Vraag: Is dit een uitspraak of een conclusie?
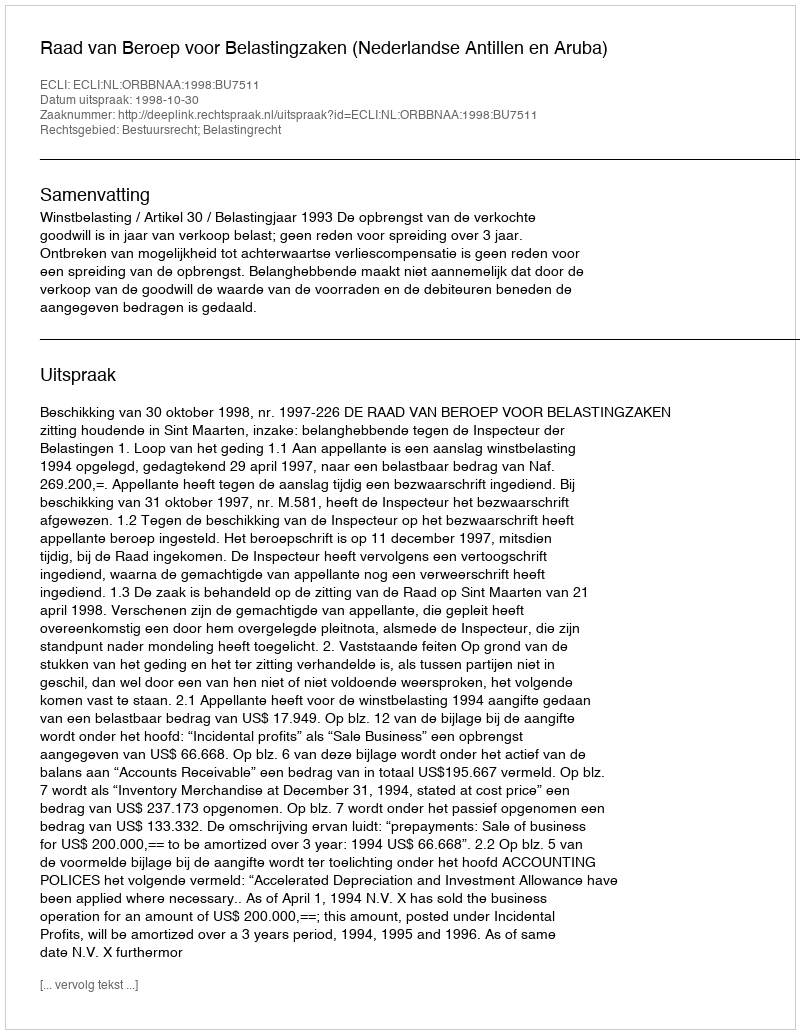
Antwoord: Uitspraak